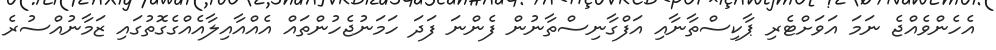
އެހެންވެއްޖެ ނަމަ އަވަށްޓެރި ޕާކިސްތާނާއި އަފްގާނިސްތާނުން ފެންނަ ފަދަ ހަމަނުޖެހުންތައް އެއްއާއިލާއެއްގެގޮތުގައި ޒަމާނުއްސުރެ